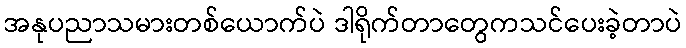
အနုပညာသမားတစ်ယောက်ပဲ ဒါရိုက်တာတွေကသင်ပေးခဲ့တာပဲ